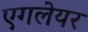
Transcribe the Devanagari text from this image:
एगलेयर